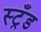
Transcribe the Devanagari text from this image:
स्ट्रँड